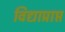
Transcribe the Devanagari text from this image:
विद्याप्राप्त